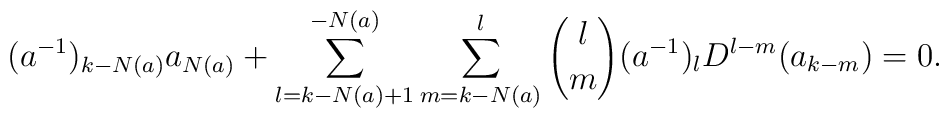
(a^{-1})_{k-N(a)} a_{N(a)} + \sum_{l=k-N(a)+1}^{-N(a)} \sum_{m=k-N(a)}^l{l \choose m} (a^{-1})_l D^{l-m} (a_{k-m}) = 0.